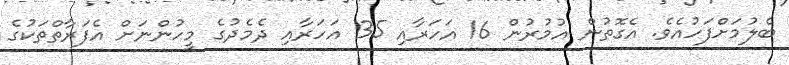
ބެލުމަށްފަހުއެވެ. އެގޮތުން އުމުރުން 16 އަހަރާއި 35 އަހަރާއި ދެމެދުގެ މީހުންނަށް އެފަރާތްތަކުގެ